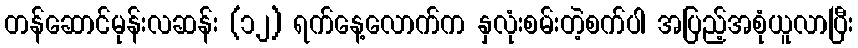
တန်ဆောင်မုန်းလဆန်း (၁၂) ရက်နေ့လောက်က နှလုံးစမ်းတဲ့စက်ပါ အပြည့်အစုံယူလာပြီး